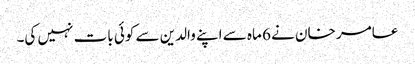
عامر خان نے 6 ماہ سے اپنے والدین سے کوئی بات نہیں کی۔